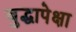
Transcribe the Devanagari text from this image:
बुद्धापेक्षा